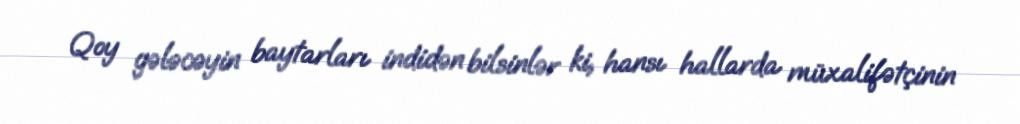
Qoy gələcəyin baytarları indidən bilsinlər ki, hansı hallarda müxalifətçinin